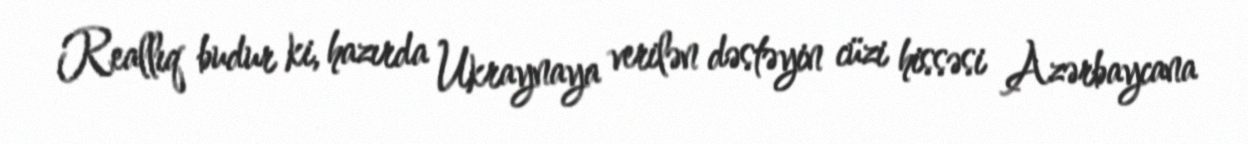
Reallıq budur ki, hazırda Ukraynaya verilən dəstəyin cüzi hissəsi Azərbaycana